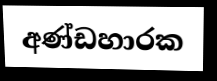
අණ්ඩහාරක